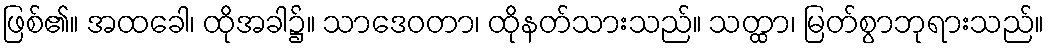
ဖြစ်၏။ အထခေါ၊ ထိုအခါ၌။ သာဒေဝတာ၊ ထိုနတ်သားသည်။ သတ္ထာ၊ မြတ်စွာဘုရားသည်။